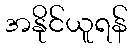
အနိုင်ယူရန်